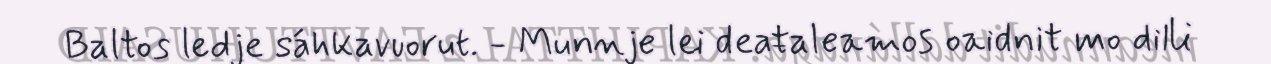
Baltos ledje sáhkavuorut. - Munnje lei deaŧaleamos oaidnit mo dilli